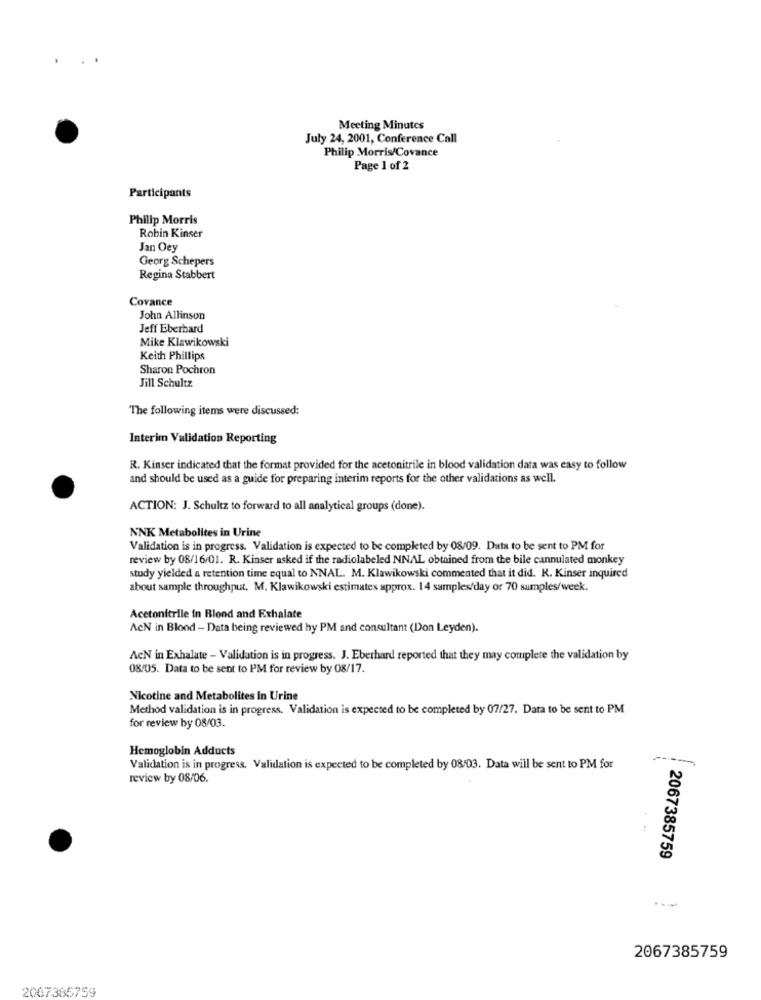
Meeting Minutes
July 24, 2001, Conference Call
Philip Morris/Covance
Page 1 of 2
Participants
Philip Morris
Robin Kinser
Jan Oey
Georg Schepers
Regina Stabbert
Covance
John Allinson
Jeff Eberhard
Mike Klawikowski
Keith Phillips
Sharon Pochron
Jill Schultz
The following items were discussed:
Interim Validation Reporting
R. Kinser indicated that the format provided for the acetonitrile in blood validation data was easy to follow
and should be used as a guide for preparing interim reports for the other validations as well.
ACTION: J. Schultz to forward to all analytical groups (done).
NNK Metabolites in Urine
Validation is in progress. Validation is expected to be completed by 08/09. Data to be sent to PM for
review by 08/16/01. R. Kinser asked if the radiolabeled NNAL obtained from the bile cannulated monkey
study yielded a retention time equal to NNAL. M. Klawikowski commented that it did. K. Kinser inquired
about sample throughput. M. Klawikowski estimates approx. 14 samples/day or 70 sumples/week.
Acetonitrile in Blond and Exhalate
AcN in Blood - Data being reviewed hy PM and consultant (Don Leyden).
AcN in Exhalate - Validation is in progress. J. Eberhard reported that they may complete the validation by
08/05. Data to be sent to PM for review by 08/17.
Nicotine and Metabolites In Urine
Method validation is in progress. Validation is expected to be completed by 07/27. Data to be sent to PM
for review by 08/03.
Hemoglobin Adducts
----
Validation is in progress. Validation is expected to be completed by 08/03. Data will be sent to PM for
review by 08/06.
2067385759
2067385759
2067366759